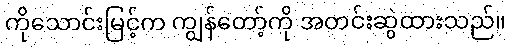
ကိုသောင်းမြင့်က ကျွန်တော့်ကို အတင်းဆွဲထားသည်။